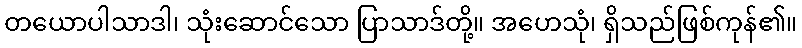
တယောပါသာဒါ၊ သုံးဆောင်သော ပြာသာဒ်တို့။ အဟေသုံ၊ ရှိသည်ဖြစ်ကုန်၏။